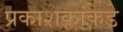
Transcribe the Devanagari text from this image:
प्रकाशकांकडे